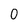
Character: 0